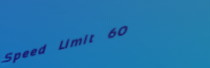
Speed Limit 60